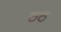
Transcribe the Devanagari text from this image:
ठठ